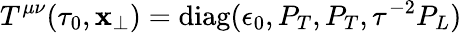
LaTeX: T^{\mu\nu}(\tau_{0},{\mathbf{x}_{\perp}})=\mathrm{diag}(\epsilon_{0},P_{T},P_{T},\tau^{-2}P_{L})